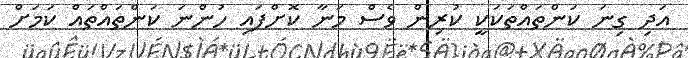
އަދި ގިނަ ކަންތައްތަކަކީ ކުރިން ވެސް މަނާ ކޮށްފައި ހުންނަ ކަންތައްތައް ކަމަށް